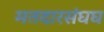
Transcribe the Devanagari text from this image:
मतदारसंघघ